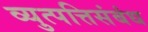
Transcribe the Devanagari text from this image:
व्युत्पत्तिसंबंध